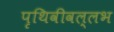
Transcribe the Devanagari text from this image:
पृथिवीवल्लभ